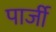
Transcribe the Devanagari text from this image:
पार्जी